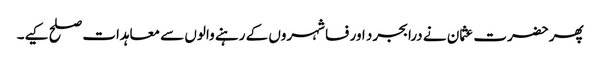
پھر حضرت عثمان نے درابجرد اور فسا شہروں کے رہنے والوں سے معاہدات صلح کیے۔